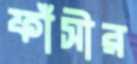
ফাঁসীর